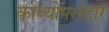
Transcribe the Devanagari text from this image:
काव्योपसंहार